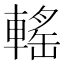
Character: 𨍳